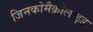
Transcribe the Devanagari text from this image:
जिनकोमैक्रोलाइड